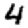
Digit: 4